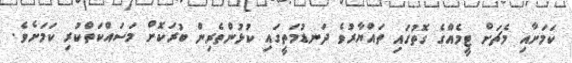
ކަމަށާއި މެޗަށް ޓީމެއްގެ ގޮތުގައި ތައްޔާރުވެ ދަނޑުމަތީގައި ކުޅުންތެރިން ބުރަކޮށް މަސައްކަތްކުރި ކަމަށެވެ.